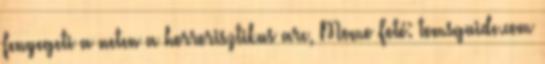
fenyegeti a neten a horrorisztikus arc, Momo Fotó: tomsguide.com